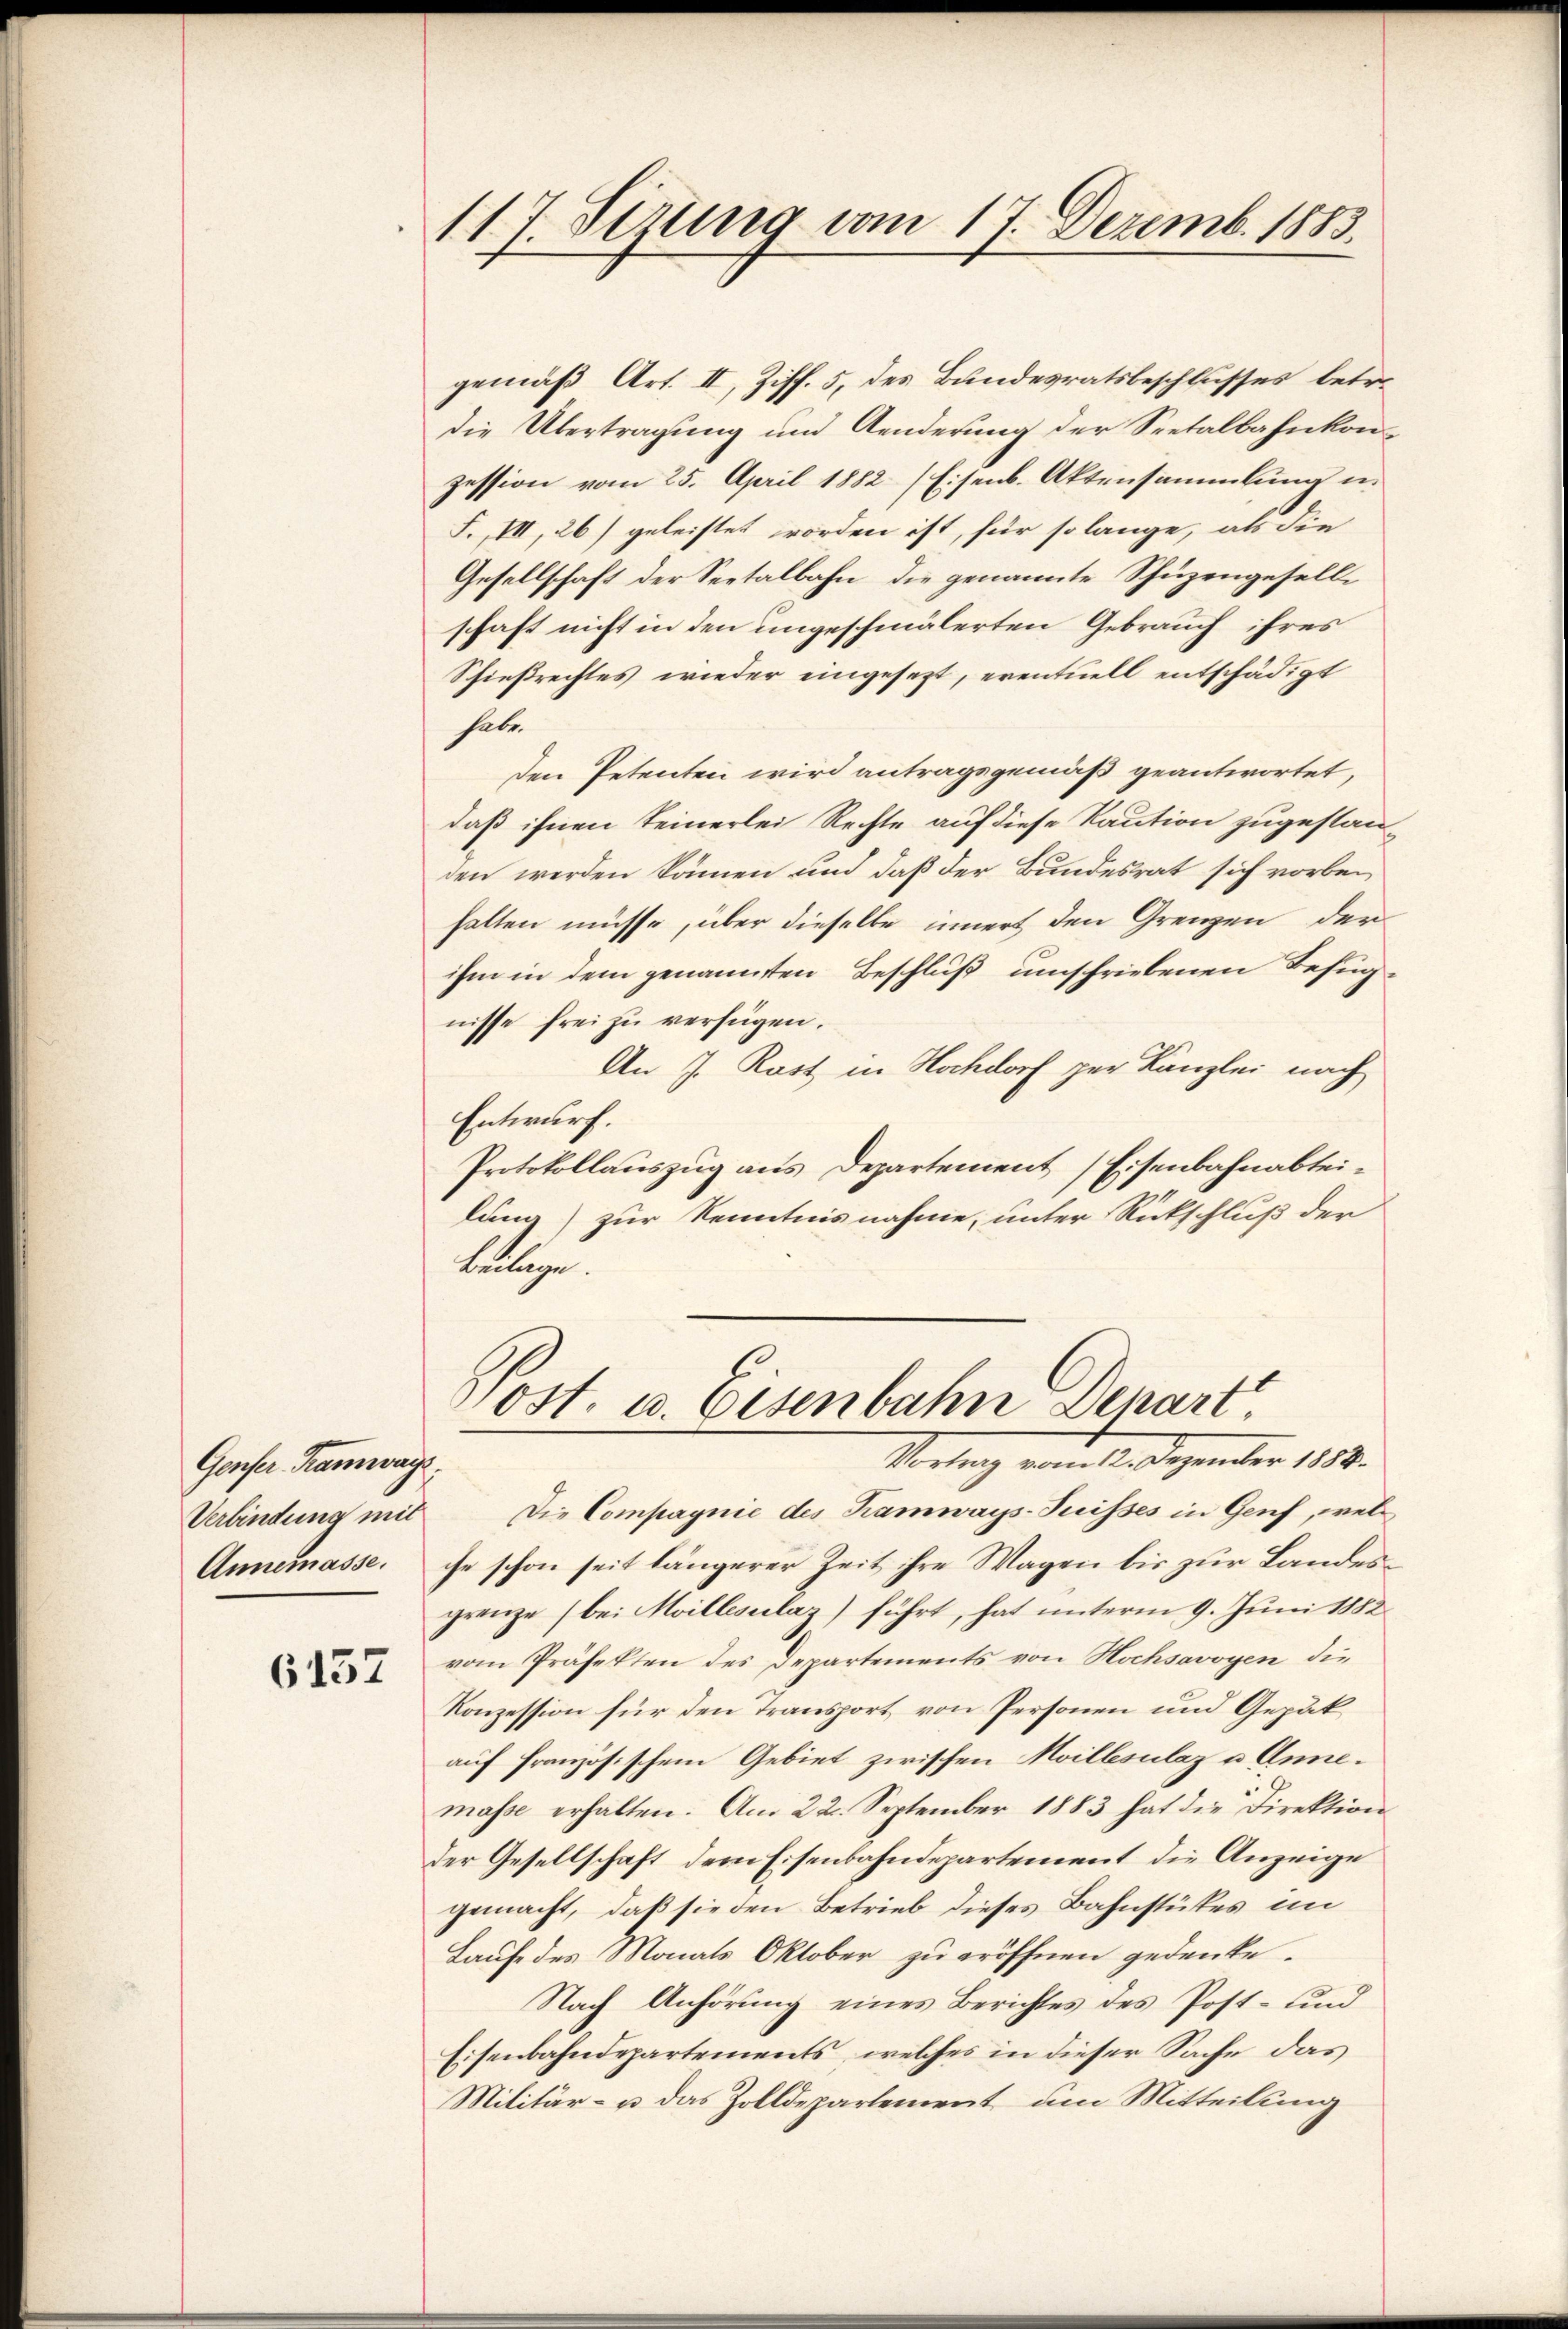
Genser-Kramwag
Annemasse.

6157

117. Sizung vom 17. Dezemb. 1883.

gemäß Art. II, Ziff. 5, des Bundesratsbeschlusses betr.
die Übertragung und Aenderung der Seetalbahnkon-
zession vom 25. April 1882 (Eisenb. Aktensammlung u.
F., III, 26) geleistet worden ist, für so lange, als die
Gesellschaft der Seetalbahn die genannte Schüzengeselle
schaft nicht in den ungeschmälerten Gebrauch ihres
Schießrechtes wieder eingesezt, eventuell entschädigt
habe.
den Petenten wird antragsgemäß geantwortet,
daß ihnen seinerlei Rechte auf diese Kaution zugestanden werden können und daß der Bundesrat sich vorbeihalten müsse, über dieselbe innert den Grenzen der
ihm in dem genannten Beschluß umschriebenen Befugnisse frei zu verfügen.
An J. Rost in Hochdorf zur Kanzlei nach
Entwurf.
Protokollauszug aus Departement Eisenbahnabteilung) zur Kenntnisnahme, unter Rückschluß der
Belege.

Post. u. Eisenbahn Denart,
Verlang von hiesigender 1804.

Verbindung mit Die Compagnie des Kamways-Puisses in Genf, welche schon seit längerer Zeit ihre Wagen bis zur Landesgrenze (bei Moillesalaz) führt, hat unterm 9. Juni 1882
vom Präfekten des Departements von Hochsavoyen die
Konzession für den Transport von Personen und Gepäkauf französischem Gebiet zwischen Moillesilaz u. Annemasse erhalten. Am 22. September 1883 hat die Direktion
Der Gesellschaft, dem Eisenbahndepartement die Anzeige
gemacht, daß sie den Betrieb dieses Bahnstükes im
Laufe des Monats Oktober zu eröffnen gedenke.
Nach Anhörung eines Berichtes des Post- und
Eisenbahndepartements, welches in dieser Sache das
Militär- u. das Zolldepartement um Mitteilung